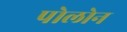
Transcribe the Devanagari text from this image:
पोलोन